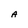
Character: A